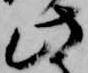
此